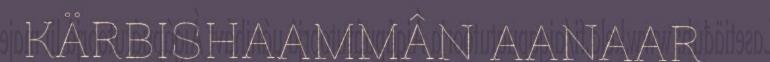
KÄRBISHAAMMÂN AANAAR